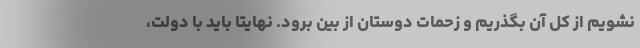
نشویم از کل آن بگذریم و زحمات دوستان از بین برود. نهایتا باید با دولت،